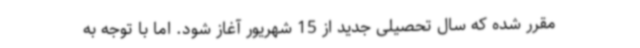
مقرر شده که سال تحصیلی جدید از 15 شهریور آغاز شود. اما با توجه به